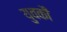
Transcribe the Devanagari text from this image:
युवकौं